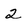
Character: 2